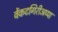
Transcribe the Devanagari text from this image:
वेंकटगिरीअप्पा